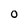
Character: 0